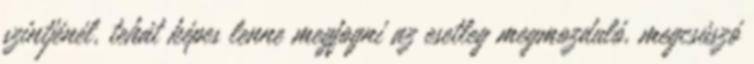
szintjénél, tehát képes lenne megfogni az esetleg megmozduló, megcsúszó